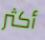
أكثر